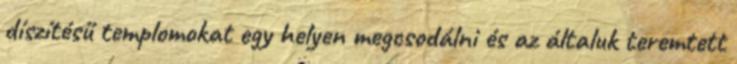
díszítésű templomokat egy helyen megcsodálni és az általuk teremtett